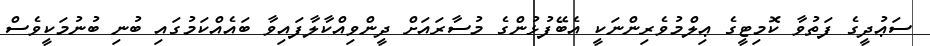
ސަޢުދީގެ ފަތުވާ ކޮމިޓީގެ ޢިލްމުވެރިންނަކީ އެބޭފުޅުންގެ މުސާރައަށް ދީންވިއްކާލާފައިވާ ބައެއްކަމުގައި ބުނި ބުނުމަކީވެސް